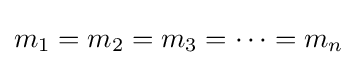
m_{1}=m_{2}=m_{3}=\cdots =m_{n}